Civil Veterinary Dept. Bombay admin report 1900-1906 - 1900-1906
Year: 1900
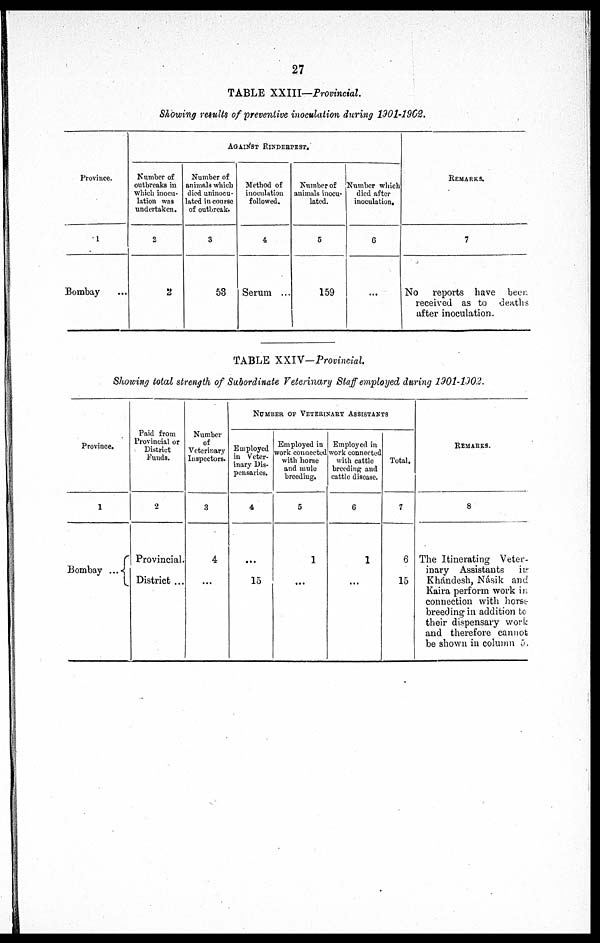
27
TABLE XXIII—Provincial.
Showing results of preventive inoculation during 1901-1902.
Province.
1
Bombay ...
AGAINST RENDERPEST.
Number of
outbreaks in
which inocu-
lation was
undertaken.
2
2
Number of
animals which
died uninocu-
lated in course
of outbreak.
3
53
Method of
inoculation
followed.
4
Serum ...
Number of
animals inocu-
lated.
5
159
Number which
died after
inoculation.
6
...
REMARKS.
7
No reports have
been
received as to
deaths
after inoculation.
TABLE XXIV—Provincial.
Showing total strength of Subordinate Veterinary Staff employed during 1901-1902.
Province.
1
Bombay ...
Paid from
Provincial or
District
Funds.
2
Provincial.
District ...
Number
of
Veterinary
Inspectors.
3
4
...
NUMBER OF VETERINARY ASSISTANTS.
Employed
in Veter-
inary Dis-
pensaries.
4
...
15
Employed in
work connected
with horse
and mule
breeding.
5
1
...
Employed in
work connected
with cattle
breeding and
cattle disease.
6
1
...
Total.
7
6
15
REMARKS.
8
The Itinerating Veter-
inary Assistants in-
Khándesh, Násik and
Kaira perform work in
connection with horse
breeding in addition to
their dispensary work
and therefore cannot
be shown in column 5.